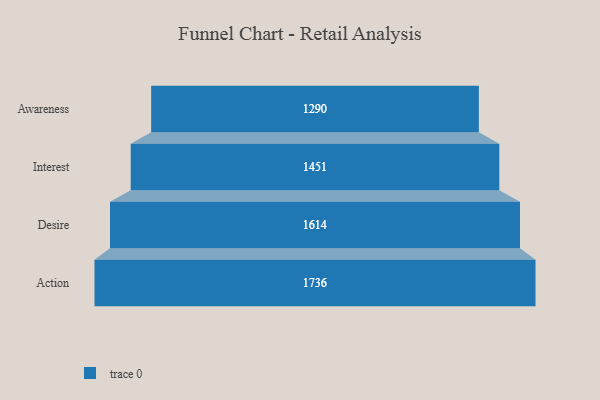
{"axis": {"x": "Stage", "y": "Value"}, "legend": [""], "data": [{"x": "Awareness", "y": 1290.0, "type": ""}, {"x": "Interest", "y": 1451.0, "type": ""}, {"x": "Desire", "y": 1614.0, "type": ""}, {"x": "Action", "y": 1736.0, "type": ""}]}